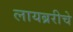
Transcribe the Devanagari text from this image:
लायब्ररीचे